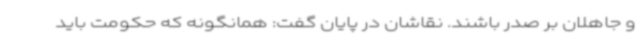
و جاهلان بر صدر باشند. نقاشان در پایان گفت: همانگونه که حکومت باید